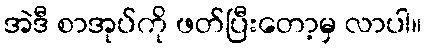
အဲဒီ စာအုပ်ကို ဖတ်ပြီးတော့မှ လာပါ။